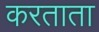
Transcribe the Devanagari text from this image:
करताता